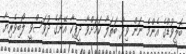
ބޮލީވުޑްގެ އެންމެ ނަން ވިދާ ބަތަލާ ކަމަށްވާ ދީޕިކާ އޭނާގެ ދުވަސްވީ ލޯބިވެރިޔާ